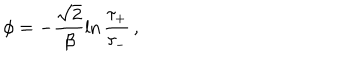
\phi = - \frac { \sqrt { 2 } } { \beta } \ln \frac { \tau _ { + } } { \tau _ { - } } \, ,